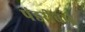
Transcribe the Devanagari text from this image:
पंडरीबाई